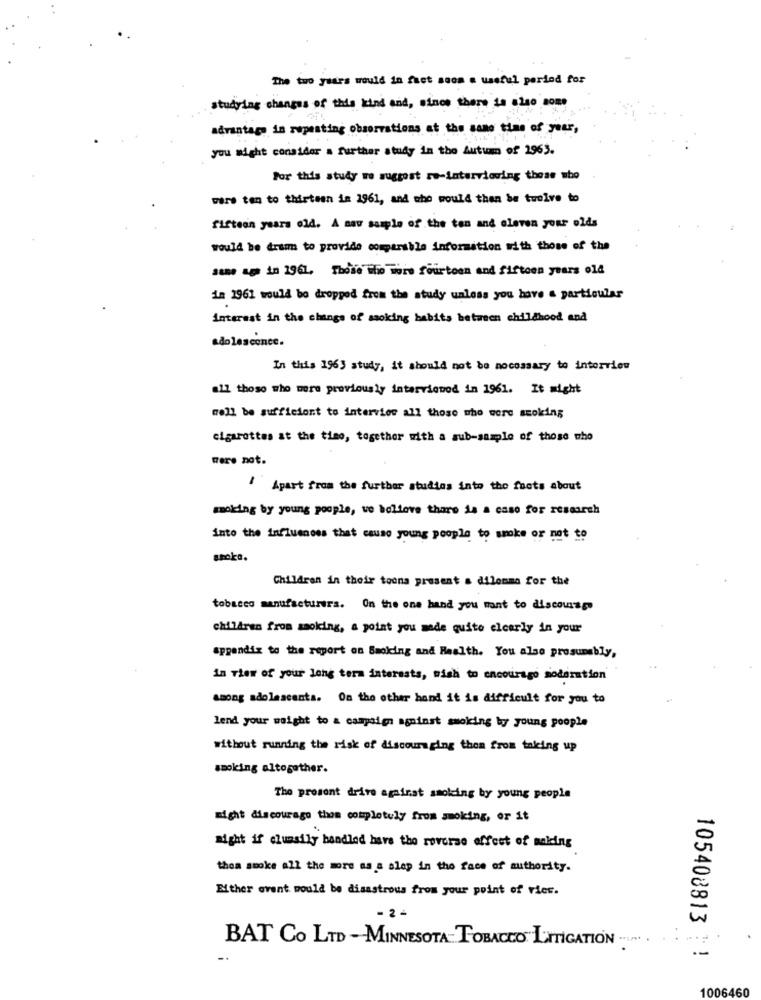
The two years would in fuet soon a useful period for
studying changes of this kind and, since there ta also some
advantage in repeating observations at the same time of year,
you might consider a further study in the Autumn of 2963.
For this study we suggest re-interviewing those who
wars ten to thirteen in 1961, and who would then be tuoive to
fifteen years old. A nav sample of the ten and eleven your olds
would be drum to provide comparable information with those of the
at a in 1961, Those Who more fourtoen and fifteen years old
in 1961 would be dropped from the study unless you have a particular
interest in the chings of smoking habits between childhood and
adolescence.
In this 1963 study, it should not be necessary to interview
all those who wore previously interviewod in 1961. It might
mell be sufficient to interview all those who were scoking
cigarettes at the time, together with a sub-sample of those who
were not.
/Apart from the further studies into the facts about
making by young people, we believe there is a case for research
into the influenoss that cause young people to smoke or not to
smoke.
Children in their toons present a dilemma for the
tobacco manufacturers. On the one hand you want to discousers
children from saoking, a point you made quite elcarly in your
appendix to the report on Smoking and Health. You also prosumably,
in view of your long term interests, wish to encourage moderation
among adolescents. On the other hand it is difficult for you to
lend your weight to a campaign against smoking by young poople
without running the risk of discouraging thom from taking up
smoking altogether.
Tho prosent drive against smoking by young people
might discourage them completely from smoking, or it
might if clumsily handled have the reverse effect of molding
thea smoke all the more as a alep in the face of authority.
Either event would be disastrous from your point of ries.
-2 -
105408813
BAT Co LTD -MINNESOTA TOBACCO LETTIGATION
--
1006460